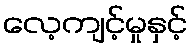
လေ့ကျင့်မှုနှင့်